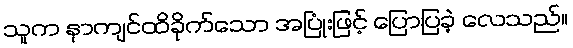
သူက နာကျင်ထိခိုက်သော အပြုံးဖြင့် ပြောပြခဲ့ လေသည်။